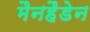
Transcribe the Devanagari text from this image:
मैनहैडेन